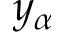
y _ { \alpha }